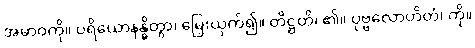
အမာဝကို။ ပရိယောနန္ဓိတွာ၊ မြှေးယှက်၍။ တိဋ္ဌတိ၊ ၏။ ပုဗ္ဗလောဟိတံ၊ ကို။